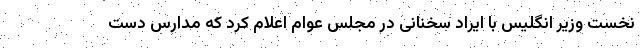
نخست وزیر انگلیس با ایراد سخنانی در مجلس عوام اعلام کرد که مدارس دست